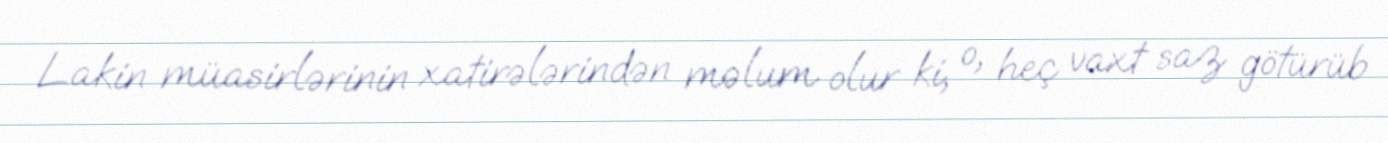
Lakin müasirlərinin xatirələrindən məlum olur ki, o, heç vaxt saz götürüb